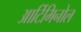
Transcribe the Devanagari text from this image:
आर्टिमिनोल